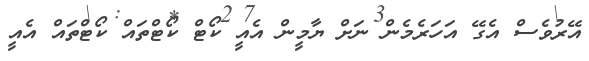
އޭރުވެސް އެގޭ އަހަރެމެން ނަށް ޔާމީން އެއީ ކޯޓް ކޯޓްތައް ކޯޓްތައް އެއީ